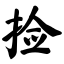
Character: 捡